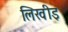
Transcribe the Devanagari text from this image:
लिखीइ